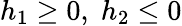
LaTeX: h_{1}\geq 0,\; h_{2}\leq 0